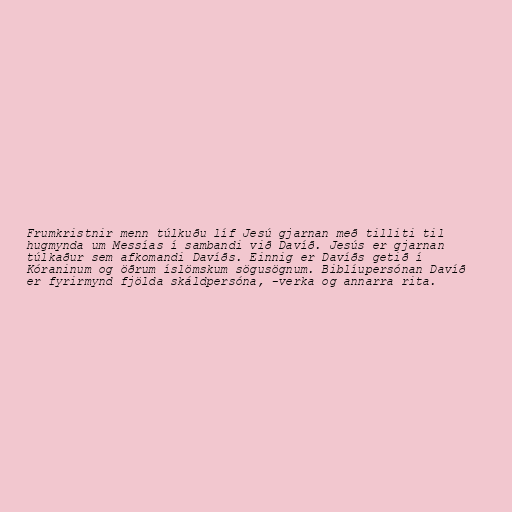
Frumkristnir menn túlkuðu líf Jesú gjarnan með tilliti til
hugmynda um Messías í sambandi við Davíð. Jesús er gjarnan
túlkaður sem afkomandi Davíðs. Einnig er Davíðs getið í
Kóraninum og öðrum íslömskum sögusögnum. Biblíupersónan Davíð
er fyrirmynd fjölda skáldpersóna, -verka og annarra rita.